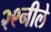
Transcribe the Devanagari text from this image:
२९नीले